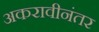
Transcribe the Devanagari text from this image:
अकरावीनंतर